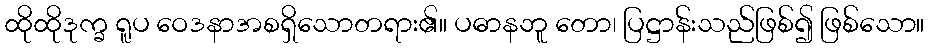
ထိုထိုဒုက္ခ ရူပ ဝေဒနာအစရှိသောတရား၏။ ပဓာနဘူ တော၊ ပြဋ္ဌာန်းသည်ဖြစ်၍ ဖြစ်သော။